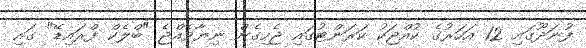
ފުނަދޫގައި 12 އަހަރުގެ ކުއްޖަކު ކަރަންޓުގައި ޖެހިގެން ނިޔާވެއްޖެ "ބްލެކް ފްރައިޑޭ" ގައި